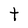
Character: T